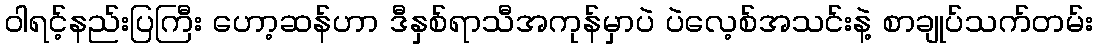
ဝါရင့်နည်းပြကြီး ဟော့ဆန်ဟာ ဒီနှစ်ရာသီအကုန်မှာပဲ ပဲလေ့စ်အသင်းနဲ့ စာချုပ်သက်တမ်း